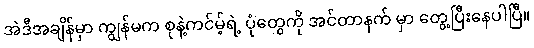
အဲဒီအချိန်မှာ ကျွန်မက စုနဲ့ကင်မ့်ရဲ့ ပုံတွေကို အင်တာနက် မှာ တွေ့ပြီးနေပါပြီ။